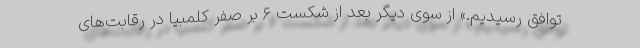
توافق رسیدیم.» از سوی دیگر بعد از شکست ۶ بر صفر کلمبیا در رقابت‌های